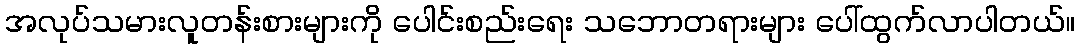
အလုပ်သမားလူတန်းစားများကို ပေါင်းစည်းရေး သဘောတရားများ ပေါ်ထွက်လာပါတယ်။